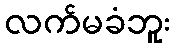
လက်မခံဘူး